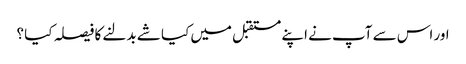
اور اس سے آپ نے اپنے مستقبل میں کیا شے بدلنے کا فیصلہ کیا ؟